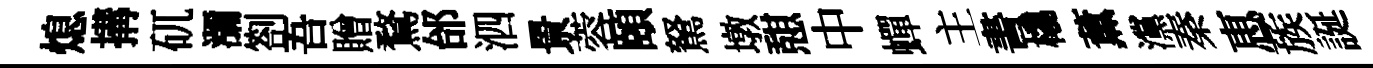
熄搆矹瀰劄吾贈鶩邰泗㬌蓉頤駑墩憇中蟬主書橇薫灙秦恵蔟誕